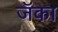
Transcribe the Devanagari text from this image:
जॅका